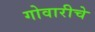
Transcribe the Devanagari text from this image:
गोवारीचे